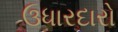
ઉધારદારો